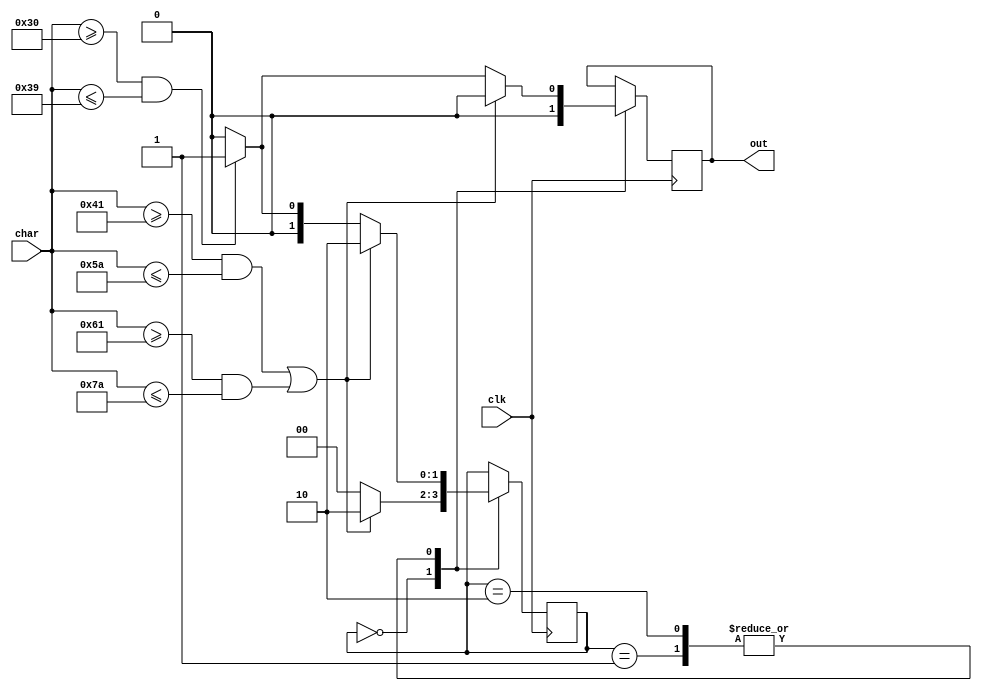
module id_fsm(
    input clk,
    input [7:0] char,
    output reg out = 0);

reg [1:0] stat = 0;

always @(posedge clk) begin
    case(stat)
        2'd0: begin
            if((char >= 65 && char <= 90)||(char >= 97 && char <= 122)) begin
                stat = 2'd2;
                out = 0;
            end
            else begin
                stat = 2'd0;
                out = 0;
            end
        end
        2'd1: begin
            if((char >= 65 && char <= 90)||(char >=     97 && char <= 122)) begin
                stat = 2'd2;
                out = 0;
            end
            else if(char >= 48 && char <= 57) begin
                stat = 2'd1;
                out = 1;
            end
            else begin
                stat = 2'd0;
                out = 0;
            end
        end
        2'd2: begin
            if((char >= 65 && char <= 90)||(char >=     97 && char <= 122)) begin
                stat = 2'd2;
                out = 0;
            end
            else if(char >= 48 && char <= 57) begin
                stat = 2'd1;
                out = 1;
            end
            else begin
                stat = 2'd0;
                out = 0;
            end
        end
    endcase
end
endmodule